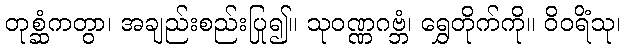
တုစ္ဆံကတွာ၊ အချည်းစည်းပြု၍။ သုဝဏ္ဏဂဗ္ဘံ၊ ရွှေတိုက်ကို။ ဝိဝရိံသု၊